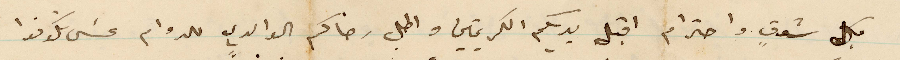
بكل شوق واحترام اقبل يديكم الكريمتين واطلب رضاكم الوالدي للدوام عسى تكونوا